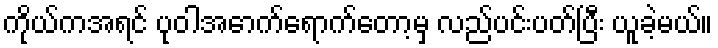
ကိုယ်ကအရင် ပုဝါအောက်ရောက်တော့မှ လည်ပင်းပတ်ပြီး ယူခဲ့မယ်။